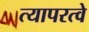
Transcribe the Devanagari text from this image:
त्यापरत्वे